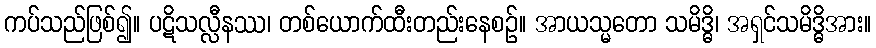
ကပ်သည်ဖြစ်၍။ ပဋိသလ္လီနဿ၊ တစ်ယောက်ထီးတည်းနေစဉ်။ အာယသ္မတော သမိဒ္ဓိ၊ အရှင်သမိဒ္ဓိအား။